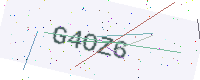
Text: G4OZ6